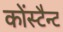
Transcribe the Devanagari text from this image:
कोंस्टैन्ट